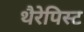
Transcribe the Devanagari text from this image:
थैरेपिस्ट